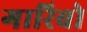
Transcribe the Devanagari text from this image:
गारिबो